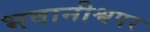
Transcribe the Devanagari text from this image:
भवानीश्वपर